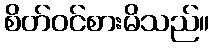
စိတ်ဝင်စားမိသည်။